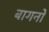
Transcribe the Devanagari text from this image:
बागनों